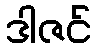
ဒါဇင်